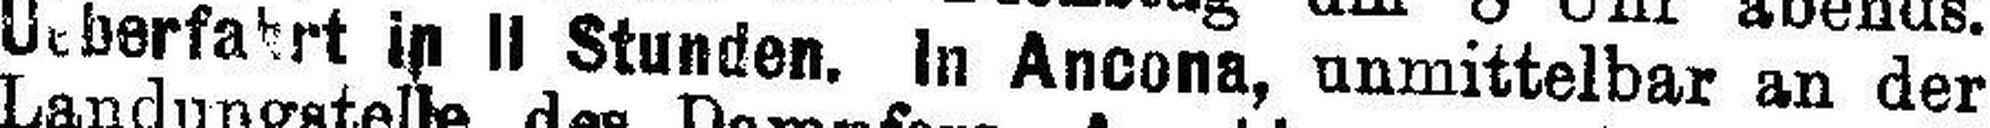
Ueberfahrt in II Stunden. In Ancona, unmittelbar an der